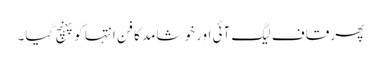
پھر قاف لیگ آئی اور خوشامد کا فن انتہا کو پہنچ گیا۔